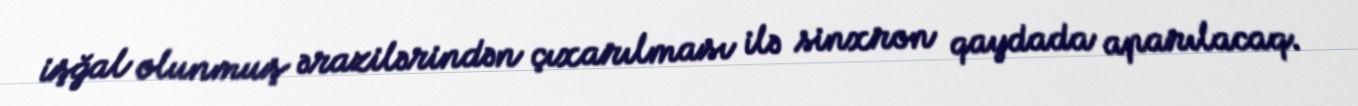
işğal olunmuş ərazilərindən çıxarılması ilə sinxron qaydada aparılacaq.